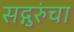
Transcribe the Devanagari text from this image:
सद्गुरुंचा